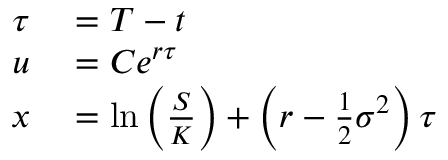
\begin{array} { r l } { \tau } & { { } = T - t } \\ { u } & { { } = C e ^ { r \tau } } \\ { x } & { { } = \ln \left( { \frac { S } { K } } \right) + \left( r - { \frac { 1 } { 2 } } \sigma ^ { 2 } \right) \tau } \end{array}